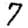
Digit: 7